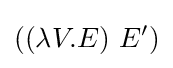
((\lambda V.E)\ E')